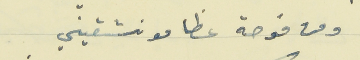
ومن فوحة عظامو نشقيني